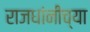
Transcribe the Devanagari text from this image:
राजधांनीच्या